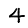
Digit: 4